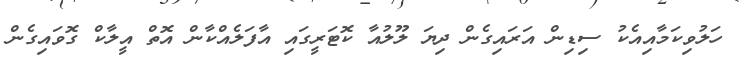
ހަލުވިކަމާއިއެކު ސިޑިން އަރައިގެން ދިޔަ ލޫލުއާ ކޮޓަރީގައި އާފަލެއްކާން އޮތް އީލާކް ގޮވައިގެން